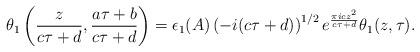
LaTeX: \begin{align*}\theta_1\left(\frac{z}{c\tau+d},\frac{a\tau+b}{c\tau+d}\right)=\epsilon_1(A)\left(-i(c\tau+d)\right)^{1/2}e^{\frac{\pi i c z^2}{c\tau+d}}\theta_1(z,\tau).\end{align*}